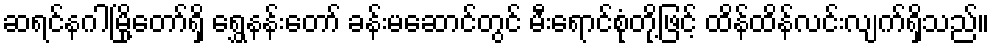
ဆရင်နဂါမြို့တော်ရှိ ရွှေနန်းတော် ခန်းမဆောင်တွင် မီးရောင်စုံတို့ဖြင့် ထိန်ထိန်လင်းလျက်ရှိသည်။